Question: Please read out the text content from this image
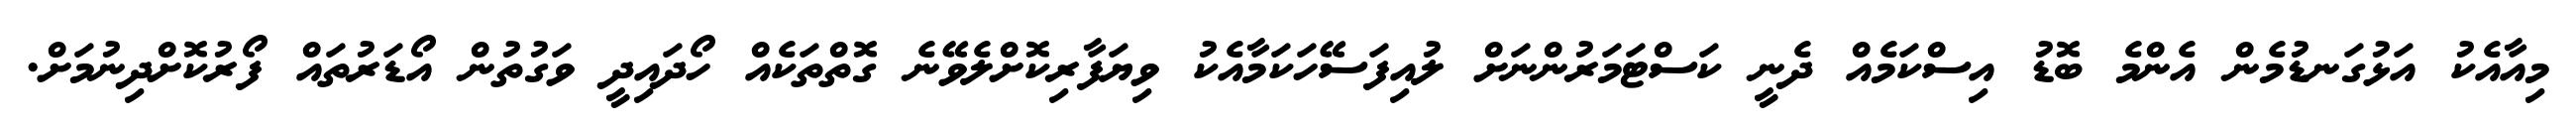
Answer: މިއާއެކު އަޅުގަނޑުމެން އެންމެ ބޮޑު އިސްކަމެއް ދެނީ ކަސްޓަމަރުންނަށް ލުއިފަސޭހަކަމާއެކު ވިޔަފާރިކޮށްލެވޭނެ ގޮތްތަކެއް ހޯދައިދީ ވަގުތުން އޯޑަރުތައް ފޯރުކޮށްދިނުމަށް.